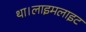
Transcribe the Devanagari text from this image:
था।लाइमलाइट